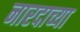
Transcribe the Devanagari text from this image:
नारदाच्या